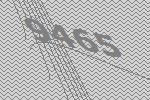
9465